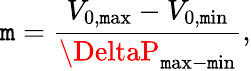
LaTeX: \mathtt{m}=\frac{{V_{\mathrm{{0,\mathtt{m}ax}}}-V_{\mathrm{{0,\mathtt{m}in}}}}}{{\DeltaP_{\mathrm{{\mathtt{m}ax-\mathtt{m}in}}}}},